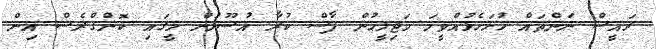
ރައީސް ނަންތައް ހުށަހެޅުއްވީމަ މަޖިލީހުން ފާސް ކުރާ އުސޫލުން މީގައި ކޮންގްރެސް އިން